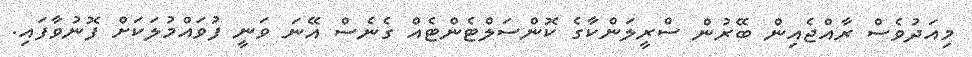
މިއަދުވެސް ރާއްޖެއިން ބޭރުން ސްރީލަންކާގެ ކޮންސަލްޓެންޓެއް ގެނެސް އޭނަ ވަނީ ފުވައްމުލަކަށް ފޮނުވާފައި.